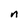
Character: n